Calcutta medical institutions reports 1871-78
Year: 1871
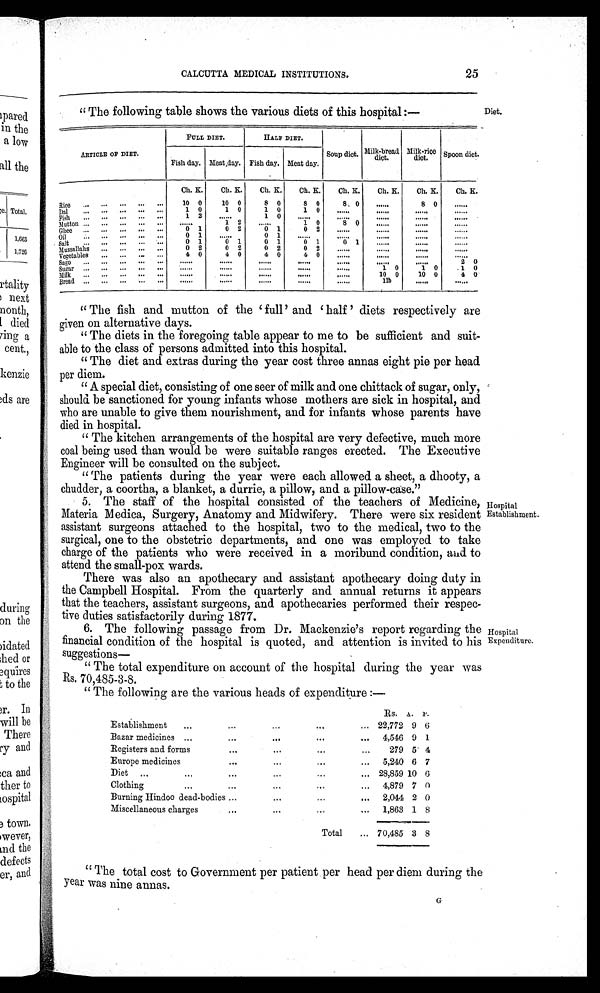
CALCUTTA MEDICAL INSTITUTIONS.
25
"The following table shows the various diets of this hospital:—
ARTICLE OF DIET.
FULL DIET.
HALF DIET.
Soup diet. Milk-bread diet. Milk-rice diet. Spoon diet.
Fish day. Meat day. Fish day. Meat day.
Ch. K. Ch. K. Ch. K. Ch. K. Ch. K. Ch. K. Ch. K. Ch. K.
Ri ce . . .
... ... ... ...
10 0
10 0
8 0
8 0
8 0 ......
8 0 ......
Dal . . .
... ... ... ...
1 0
1 0
1 0
1 0 ......
...... ......
......
Fish ... ... ... ... ... 1
2
......
1 0 ......
......
......
......
......
Mutton ... ... ... ... ...
. . . . . .
1 2 ......
1 0
8 0 ......
......
......
Ghee ... ... ... ... ...
0 1
0 2
0 1
0 2 ......
......
......
......
Oil ... ... ... ... ...
0 1 ......
0 1 ......
......
....... ......
......
Salt ... ... ... ... ...
0 1
0 1
0 1
0 1
0 1 ......
......
......
Mussallahs ... ... ... ...
0 2
0 2
0 2
0 2 ......
...... ......
......
Vegetables ... ... ... ...
4 0
4 0
4 0
4 0 ......
......
......
.....
Sago ... ... ... ... ... ......
......
......
......
......
......
......
2 0
Sugar ... ... ... ... .........
......
......
......
......
1 0
1 0
1 0
Milk ...... ... ... ... ......
......
......
......
......
10 0
10 0
4 0
Bread ...
... ... ... ... ......
......
......
......
......
11b ......
......
"The fish and mutton of the 'full' and 'half' diets respectively are
given on alternative days.
"The diets in the foregoing table appear to me to be sufficient and suit-
able to the class of persons admitted into this hospital.
"The diet and extras during the year cost three annas eight pie per head
per diem.
"A special diet, consisting of one seer of milk and one chittack of sugar, only,
should be sanctioned for young infants whose mothers are sick in hospital, and
who are unable to give them nourishment, and for infants whose parents have
died in hospital.
"The kitchen arrangements of the hospital are very defective, much more
coal being used than would be were suitable ranges erected. The Executive
Engineer will be consulted on the subject.
"The patients during the year were each allowed a sheet, a dhooty, a chudder, a coortha, a blanket, a durrie, a pillow, and a pillow-case."
5. The staff of the hospital consisted of the teachers of Medicine,
Materia Medica, Surgery, Anatomy and Midwifery. There were six resident
assistant surgeons attached to the hospital, two to the medical, two to the
surgical, one to the obstetric departments, and one was employed to take
charge of the patients who were received in a moribund condition, and to
attend the small-pox wards.
There was also an apothecary and assistant apothecary doing duty in
the Campbell Hospital. From the quarterly and annual returns it appears
that the teachers, assistant surgeons, and apothecaries performed their respec-
tive duties satisfactorily during 1877.
6. The following passage from Dr. Mackenzie's report regarding the
financial condition of the hospital is quoted, and attention is invited to his
suggestions
—
"The total expenditure on account of the hospital during the year was
Rs. 70,485-3-8.
"The following are the various heads of expenditure:—
Rs. A. P.
Establishment ...
...
...
...
... 22,772 9 6
Bazar medicines ...
. . .
. . . ...
... 4,546 9 1
Registers and forms
. . .
. . . ...
...
279 5 4
Europe medicines
. . .
. . . ...
... 5,240 6 7
Diet ... ...
...
...
...
... 28,859 10 0
Clothing ...
...
...
...
... 4,879 7 0
Burning Hindoo dead-bodies
. . . ...
...
... 2,044 2 0
Miscellaneous charges
. . . ...
...
... 1,863 1 8
Total ...
7 0 , 4 8 5
3 8
"The total cost to Government per patient per head per diem during the
year was nine annas.
G
Hospital
Establishment.
Hospital
Expenditure.